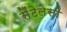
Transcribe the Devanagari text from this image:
सैंटेलेसी